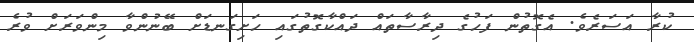
ކުރާ އަސަރެވެ. އެގޮތުން ފަހުގެ ދިރާސާތައް ދައްކާގޮތުގައި ހަށިގަނޑަށް ބޭނުންވާ މިންވަރަށް ވުރެ